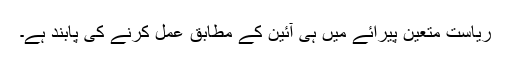
ریاست متعیّن پیرائے میں ہی آئین کے مطابق عمل کرنے کی پابند ہے۔